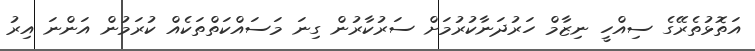
އަތޮޅުތެރޭގެ ސިއްހީ ނިޒާމް ހަރުދަނާކުރުމަށް ސަރުކާރުން ގިނަ މަސައްކަތްތަކެއް ކުރަމުން އަންނަ އިރު